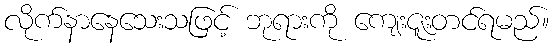
လိုက်နာနေသေးသဖြင့် ဘုရားကို ကျေးဇူးတင်ရမည်။